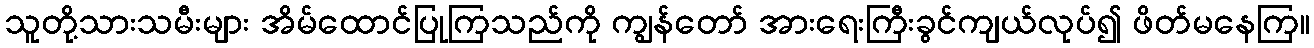
သူတို့သားသမီးများ အိမ်ထောင်ပြုကြသည်ကို ကျွန်တော် အားရေးကြီးခွင်ကျယ်လုပ်၍ ဖိတ်မနေကြ။